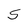
Character: S